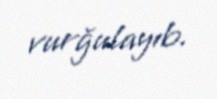
vurğulayıb.